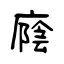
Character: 廕